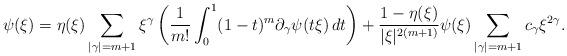
LaTeX: \begin{align*}\psi(\xi)=\eta(\xi) \sum_{|\gamma|=m+1}\xi^\gamma\left(\frac{1}{m!}\int_{0}^{1}(1-t)^m \partial_{\gamma}\psi(t\xi)\,dt\right) + \frac{1-\eta(\xi)}{|\xi|^{2(m+1)}}\psi(\xi)\sum_{|\gamma|=m+1}c_{\gamma} \xi^{2\gamma}.\end{align*}